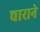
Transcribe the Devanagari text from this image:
चाराने